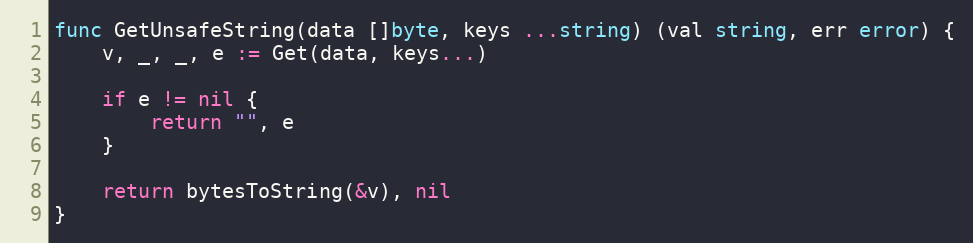
Language: Go
func GetUnsafeString(data []byte, keys ...string) (val string, err error) {
	v, _, _, e := Get(data, keys...)

	if e != nil {
		return "", e
	}

	return bytesToString(&v), nil
}